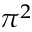
\pi ^ { 2 }